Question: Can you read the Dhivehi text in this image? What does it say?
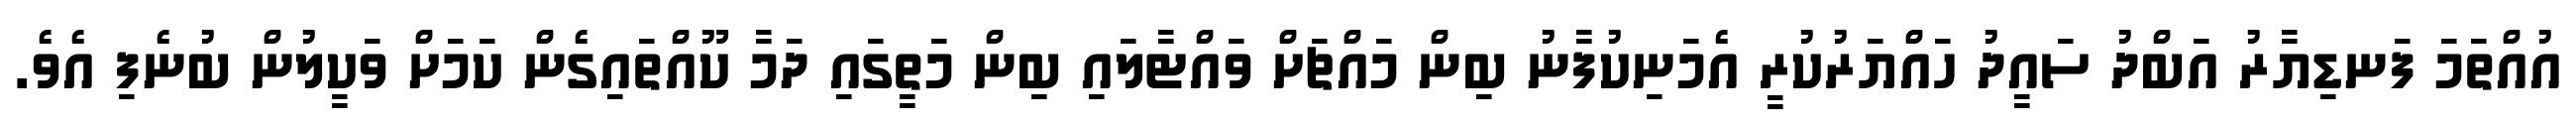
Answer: އުއްތަމަ ފަނޑިޔާރު އަބްދު ސައީދު ހައްޔަރުކުރީ އެމަނިކުފާނު ބިން މައްޗަށް ވައްޓާލައި ބިން މަތީގައި ދަމާ ކޫއްތައިގެން ކަމަށް ވަކީލުން ބުނެފި އެވެ.